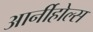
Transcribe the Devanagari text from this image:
आर्नीहोल्स